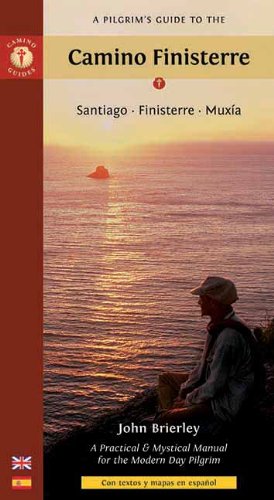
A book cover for A Pilgrim's Guide to the Camino Finisterre: Santiago E¢ Finisterre E¢ MuxÃ­a; John Brierley; Travel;